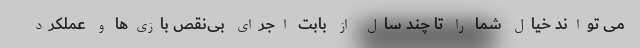
می تواند خیال شما را تا چند سال از بابت اجرای بی‌نقص بازی‌ها و عملکرد